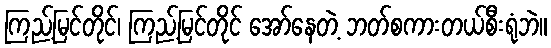
ကြည့်မြင်တိုင်၊ ကြည့်မြင်တိုင် အော်နေတဲ့ ဘတ်စကားတယ်စီးရုံဘဲ။